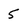
Character: 5